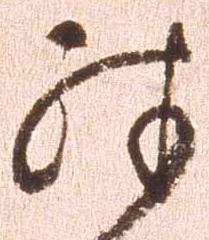
殊